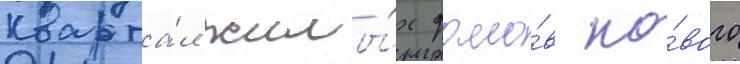
кварта́л жилы́х домо́в но́вого